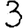
Digit: 3